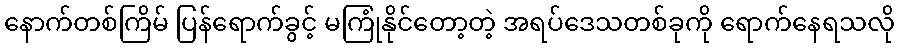
နောက်တစ်ကြိမ် ပြန်ရောက်ခွင့် မကြုံနိုင်တော့တဲ့ အရပ်ဒေသတစ်ခုကို ရောက်နေရသလို